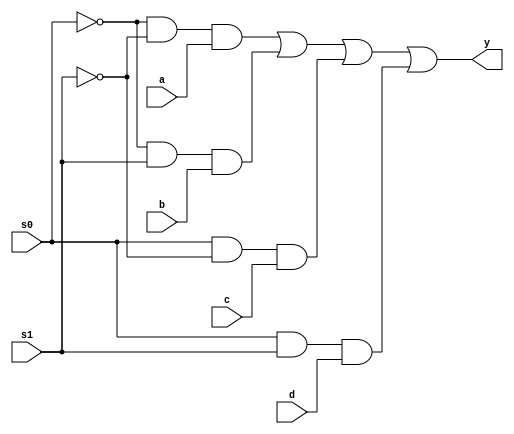
module mux41(a,b,c,d,s0,s1,y);
input a,b,c,d,s0,s1;
output y;
 wire s0bar,s1bar,n1,n2,n3,n4;
  not g1(s0bar,s0);
  not g2(s1bar,s1);

  and g3 (n1,s0bar,s1bar,a);
  and g4 (n2,s0bar,s1,b);
  and g5 (n3,s0,s1bar,c);
  and g6 (n4,s0,s1,d);
  or g7 (y,n1,n2,n3,n4);
  endmodule